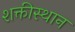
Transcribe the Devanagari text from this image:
शक्तीस्थान